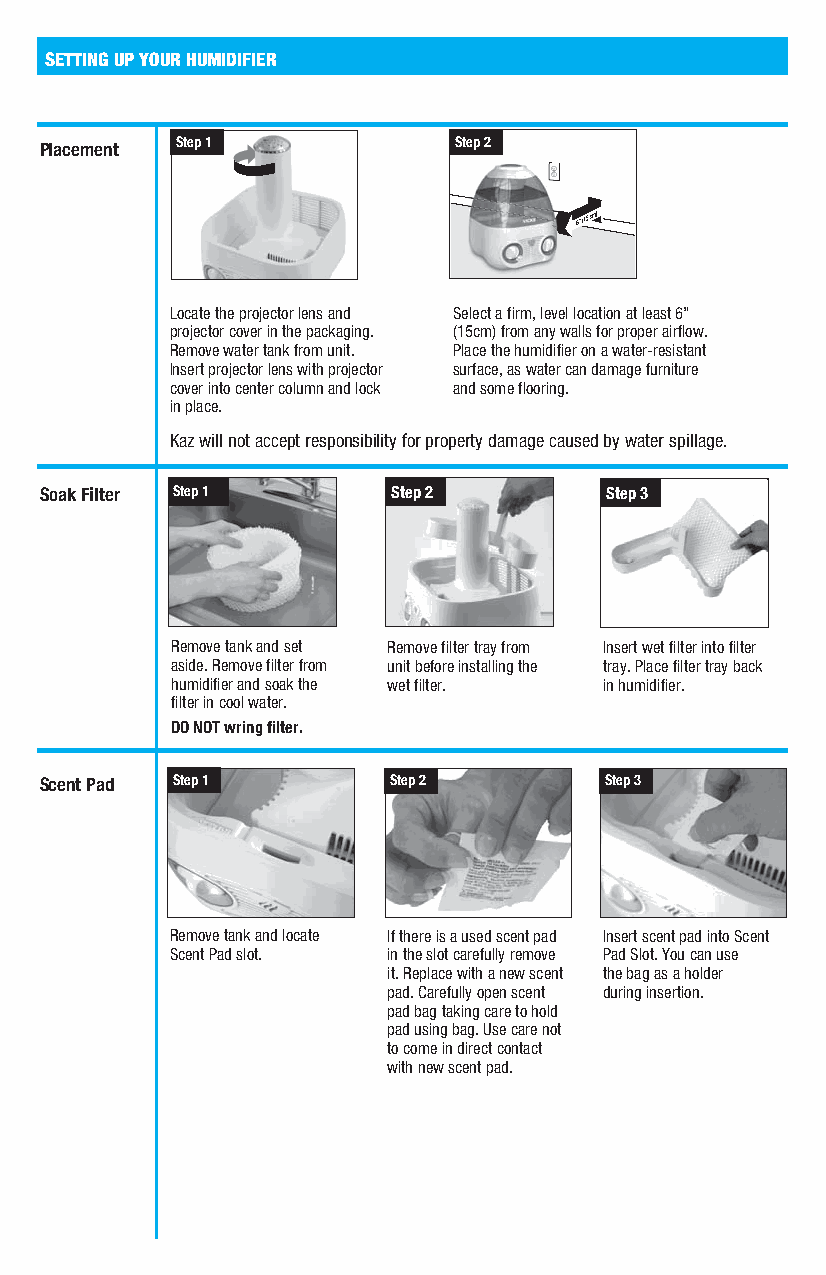
SETTING UP YOUR HUMIDIFIER
 Placement Step 1           Step 2
 Locate the projector lens and Select a firm, level location at least 6”
 projector cover in the packaging. (15cm) from any walls for proper airflow.
 Remove water tank from unit. Place the humidifier on a water-resistant
 Insert projector lens with projector surface, as water can damage furniture
 cover into center column and lock and some flooring.
 in place.
 Kaz will not accept responsibility for property damage caused by water spillage.
 Soak Filter Step 1     Step 2        Step 3
 Remove tank and set Remove filter tray from Insert wet filter into filter
 aside. Remove filter from unit before installing the tray. Place filter tray back
 humidifier and soak the wet filter. in humidifier.
 filter in cool water.
 DO NOT wring filter.
 Scent Pad Step 1       Step 2        Step 3
 Remove tank and locate If there is a used scent pad Insert scent pad into Scent
 Scent Pad slot. in the slot carefully remove Pad Slot. You can use
 it. Replace with a new scent the bag as a holder
 pad. Carefully open scent during insertion.
 pad bag taking care to hold
 pad using bag. Use care not
 to come in direct contact
 with new scent pad.